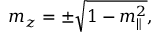
m _ { z } = \pm \sqrt { 1 - m _ { \parallel } ^ { 2 } } ,